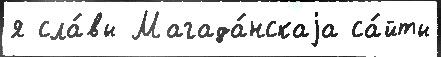
я сла́вы Магада́нскаjа са́йты